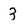
Character: 3